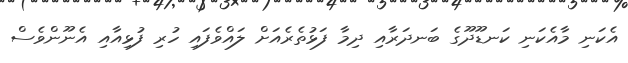
އެކަނި މާއެކަނި ކަނޑޫދޫގެ ބަނދަރާއި ދިމާ ފަޅުތެރެއަށް ލައްވެފައި ހުރި ފުޅިއާއި އެނޫންވެސް